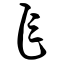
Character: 乍